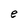
Character: e